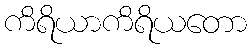
ကိရိယာကိရိယတော